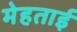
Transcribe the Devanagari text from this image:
मेहताई